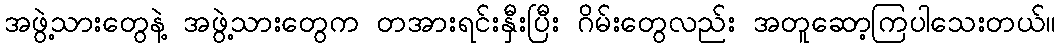
အဖွဲ့သားတွေနဲ့ အဖွဲ့သားတွေက တအားရင်းနှီးပြီး ဂိမ်းတွေလည်း အတူဆော့ကြပါသေးတယ်။